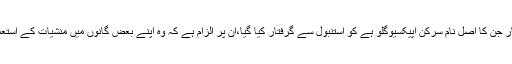
28 سالہ ترک ریپر سٹار جن کا اصل نام سرکن اپیکسیوگلو ہے کو استنبول سے گرفتار کیا گیا،ان پر الزام ہے کہ وہ اپنے بعض گانوں میں منشیات کے استعمال کی ترغیب دی ہے۔